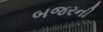
બજરની